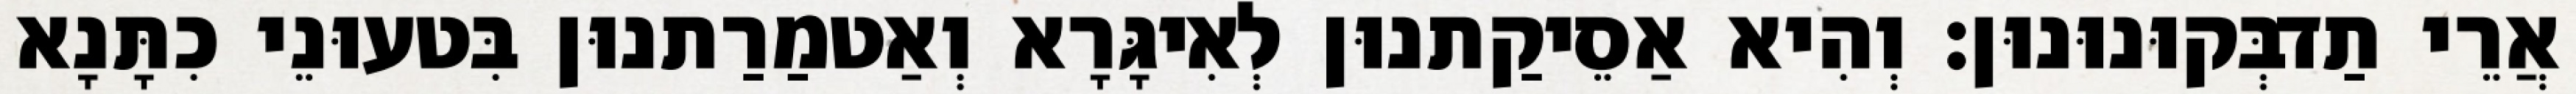
אֲרֵי תַדבְּקוּנוּנוּן׃ וְהִיא אַסֵיקַתנוּן לְאִיגָּרָא וְאַטמַרַתנוּן בִּטעוּנֵי כִתָּנָא